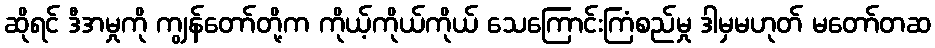
ဆိုရင် ဒီအမှုကို ကျွန်တော်တို့က ကိုယ့်ကိုယ်ကိုယ် သေကြောင်းကြံစည်မှု ဒါမှမဟုတ် မတော်တဆ